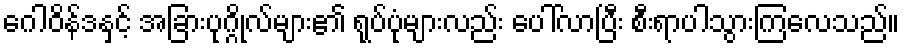
ဂေါဝိန်ဒနှင့် အခြားပုဂ္ဂိုလ်များ၏ ရုပ်ပုံများလည်း ပေါ်လာပြီး စီးရာပါသွားကြလေသည်။